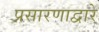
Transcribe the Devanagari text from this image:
प्रसारणाद्वारे